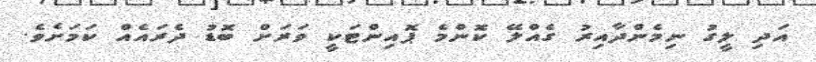
އަދި ލީގު ނިމެންދާއިރު ގެއްލޭ ކޮންމެ ޕޮއިންޓަކީ ވަރަށް ބޮޑު ދެރައެއް ކަމަށެވެ.